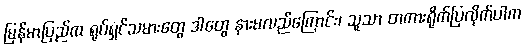
မြန်မာပြည်က ရုပ်ရှင်သမားတွေ ဒါတွေ နားမလည်ကြောင်း၊ သူသာ တကားရိုက်ပြလိုက်ပါက